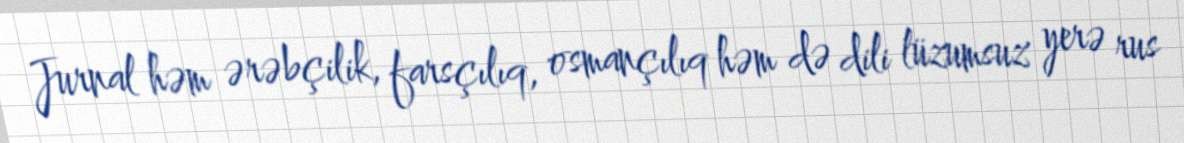
Jurnal həm ərəbçilik, farsçılıq, osmançılıq həm də dili lüzumsuz yerə rus